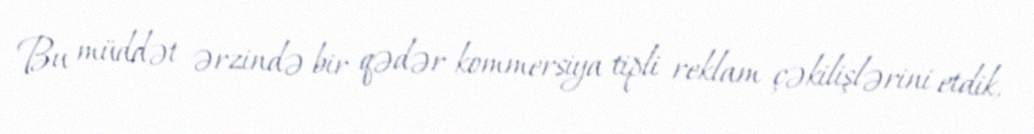
Bu müddət ərzində bir qədər kommersiya tipli reklam çəkilişlərini etdik,